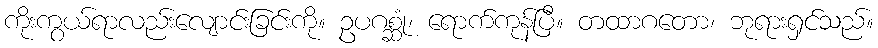
ကိုးကွယ်ရာလည်းလျောင်းခြင်းကို။ ဥပဂစ္ဆုံ၊ ရောက်ကုန်ပြီ။ တထာဂတော၊ ဘုရားရှင်သည်။